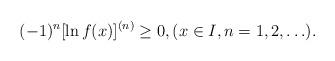
LaTeX: \begin{align*}(-1)^n[\ln f(x)]^{(n)}\geq 0, (x\in I, n=1,2,\ldots ).\end{align*}